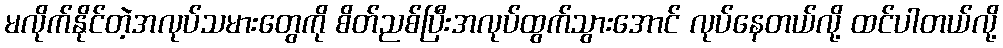
မလိုက်နိုင်တဲ့အလုပ်သမားတွေကို စိတ်ညစ်ပြီးအလုပ်ထွက်သွားအောင် လုပ်နေတယ်လို့ ထင်ပါတယ်လို့